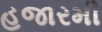
હજારમી